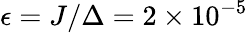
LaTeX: \epsilon=J/\Delta=2\times 10^{-5}